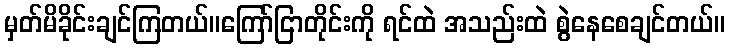
မှတ်မိခိုင်းချင်ကြတယ်။ကြော်ငြာတိုင်းကို ရင်ထဲ အသည်းထဲ စွဲနေစေချင်တယ်။